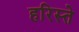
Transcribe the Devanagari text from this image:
हरिस्ते